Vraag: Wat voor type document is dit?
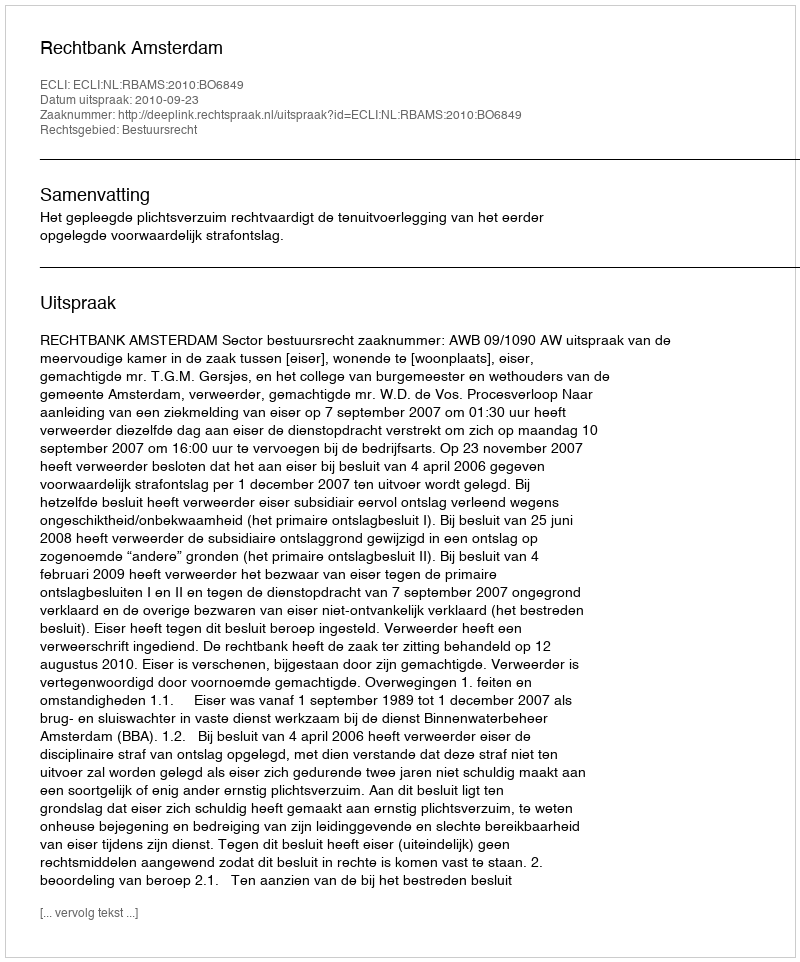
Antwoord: Uitspraak